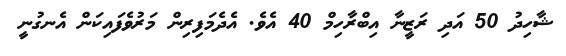
ޝާހިދު 50 އަދި ރަޒީނާ އިބްރާހިމް 40 އެވެ. އެދެމަފިރިން މަރުވެފައިކަން އެނގުނީ